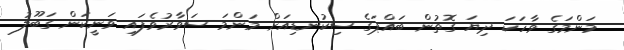
މަންމަގެ ވާހަކަ ދިޔަ ގޮތުން ބައްޕަގެ ސިކުނޑިއަށް މަންމަ ސަވާރުވެފައި ވަނީކަން ގަބޫލު